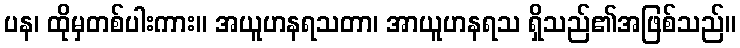
ပန၊ ထိုမှတစ်ပါးကား။ အယူဟနရသတာ၊ အာယူဟနရသ ရှိသည်၏အဖြစ်သည်။